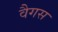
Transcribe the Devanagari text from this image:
वैगस